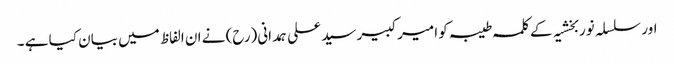
اور سلسلہ نوربخشیہ کے کلمہ طیبہ کو امیر کبیر سید علی ہمدانی(رح) نے ان الفاظ میں بیان کیا ہے ۔